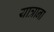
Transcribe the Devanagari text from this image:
यात्राना